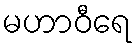
မဟာဝီရေ